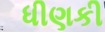
ધીણકી